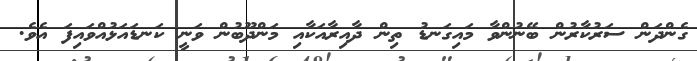
ގެންދަން ސަރުކާރުން ބޭނުންވާ މައިގަނޑު ތިން ދާއިރާއަކާއި މަންދޫބުން ވަނީ ކަނޑައަޅުއްވައިފަ އެވެ.